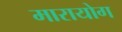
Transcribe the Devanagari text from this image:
मारायोग